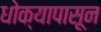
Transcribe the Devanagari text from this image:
धोक्यापासून